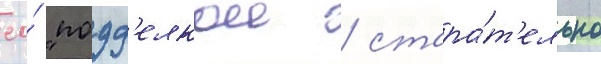
ео́ "подд'елкои / стара́т'ельно